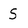
Character: S